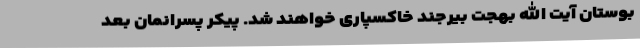
بوستان آیت الله بهجت بیرجند خاکسپاری خواهند شد. پیکر پسرانمان بعد